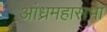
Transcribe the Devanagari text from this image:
आंध्रमहासभा